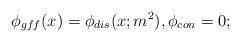
LaTeX: \begin{align*}\phi_{gff}(x)=\phi_{dis}(x;m^2), \phi_{con}=0;\end{align*}